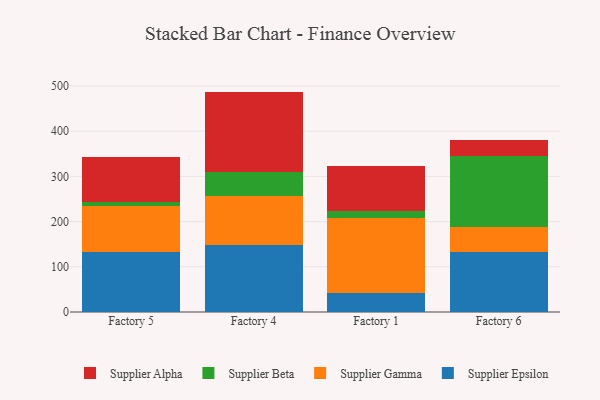
{"axis": {"x": "Factory", "y": "Latency (ms)"}, "legend": ["Supplier Alpha", "Supplier Beta", "Supplier Epsilon", "Supplier Gamma"], "data": [{"x": "Factory 5", "y": 131.8, "type": "Supplier Epsilon"}, {"x": "Factory 5", "y": 102.8, "type": "Supplier Gamma"}, {"x": "Factory 5", "y": 9.1, "type": "Supplier Beta"}, {"x": "Factory 5", "y": 100.2, "type": "Supplier Alpha"}, {"x": "Factory 4", "y": 148.9, "type": "Supplier Epsilon"}, {"x": "Factory 4", "y": 107.0, "type": "Supplier Gamma"}, {"x": "Factory 4", "y": 54.2, "type": "Supplier Beta"}, {"x": "Factory 4", "y": 177.4, "type": "Supplier Alpha"}, {"x": "Factory 1", "y": 41.0, "type": "Supplier Epsilon"}, {"x": "Factory 1", "y": 166.9, "type": "Supplier Gamma"}, {"x": "Factory 1", "y": 16.0, "type": "Supplier Beta"}, {"x": "Factory 1", "y": 98.2, "type": "Supplier Alpha"}, {"x": "Factory 6", "y": 132.6, "type": "Supplier Epsilon"}, {"x": "Factory 6", "y": 54.9, "type": "Supplier Gamma"}, {"x": "Factory 6", "y": 156.9, "type": "Supplier Beta"}, {"x": "Factory 6", "y": 35.7, "type": "Supplier Alpha"}]}